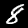
Label: 8